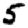
Digit: 5